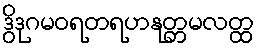
ဒွိဒုဂမဝရတရဟနုတ္တမလတ္ထ